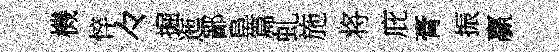
機悴々掘迤鄙阜篇虬施将庇膏振贏